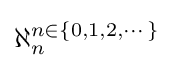
\aleph _{n}^{n\in \{0,1,2,\cdots \}}